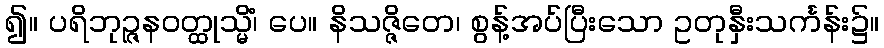
၍။ ပရိဘုဉ္ဇနဝတ္ထုသ္မိံ၊ ပေ။ နိသဇ္ဇိတေ၊ စွန့်အပ်ပြီးသော ဥတုနှီးသင်္ကန်း၌။